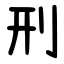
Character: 刑